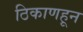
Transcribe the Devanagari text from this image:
ठिकाणहून